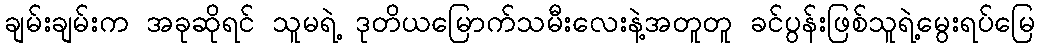
ချမ်းချမ်းက အခုဆိုရင် သူမရဲ့ ဒုတိယမြောက်သမီးလေးနဲ့အတူတူ ခင်ပွန်းဖြစ်သူရဲ့မွေးရပ်မြေ